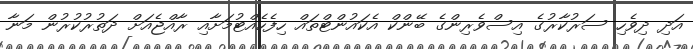
އަދި ދިވެހި ސަރުކާރުގެ އިސްވެރިންގެ ބޭންކް އެކައުންޓްތައް ހިފެހެއްޓުމަށާއި ރާއްޖެއަށް ދަތުރުކުރުން މަނާ